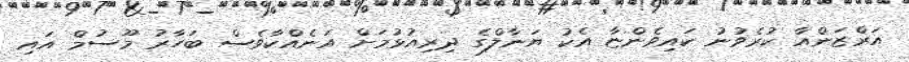
އަރްޒަންއާ ކުރެވުނު ކައިވެންޏާ އެކު ޔަނާލްގެ ދިރިއުޅުމަށް އަނެއްކާވެސް ބަހާރު މޫސުމް އައި